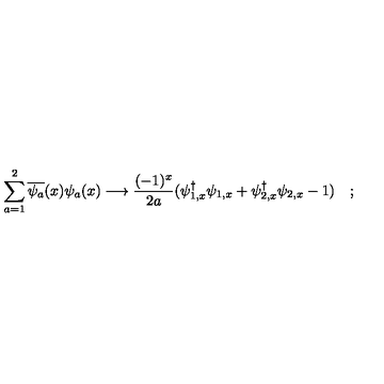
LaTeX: \sum _ { a = 1 } ^ { 2 } \overline { { \psi _ { a } } } ( x ) \psi _ { a } ( x ) \longrightarrow \frac { ( - 1 ) ^ { x } } { 2 a } ( \psi _ { 1 , x } ^ { \dagger } \psi _ { 1 , x } + \psi _ { 2 , x } ^ { \dagger } \psi _ { 2 , x } - 1 ) \quad ;